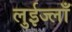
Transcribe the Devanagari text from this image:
लुईज्लाँ